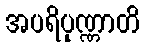
အပရိပုဏ္ဏာတိ